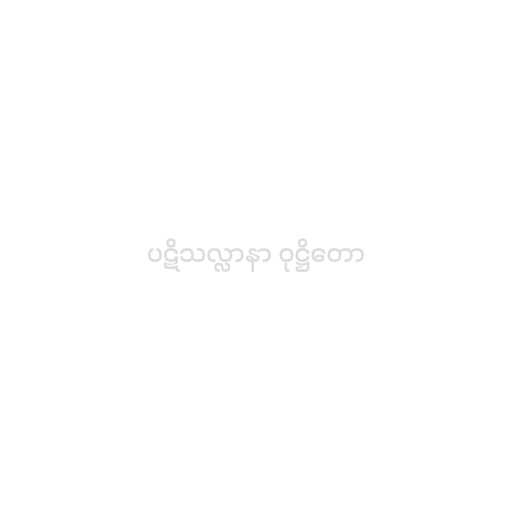
ပဋိသလ္လာနာ ဝုဋ္ဌိတော